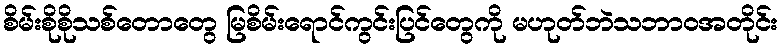
စိမ်းစိုစိုသစ်တောတွေ မြစိမ်းရောင်ကွင်းပြင်တွေကို မဟုတ်ဘဲသဘာဝအတိုင်း